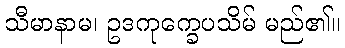
သီမာနာမ၊ ဥဒကုက္ခေပသိမ် မည်၏။